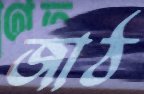
জাঠ